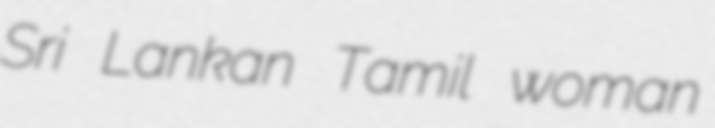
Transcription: Sri Lankan Tamil woman